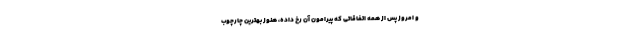
و امروز پس از همه اتفاقاتی که پیرامون آن رخ داده، هنوز بهترین چارچوب